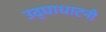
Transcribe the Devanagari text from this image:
उद्घाधाटनी